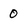
Character: 0